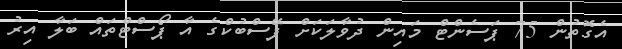
އެގޮތުން 75 ޕަސެންޓް މައިން ދުވާލަކަށް ފޭސްބުކްގެ އާ ޕޯސްޓްތައް ބަލާ އިރު